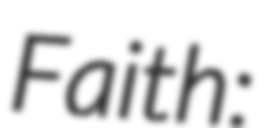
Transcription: Faith: